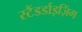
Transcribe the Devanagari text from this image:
स्टैंडर्डाइज़िंग